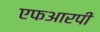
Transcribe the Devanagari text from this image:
एफआरपी